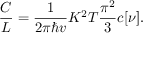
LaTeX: \frac { C } { L } = \frac { 1 } { 2 \pi \hbar v } K ^ { 2 } T \frac { \pi ^ { 2 } } { 3 } c [ \nu ] .